Magi,_Artur, lk 76
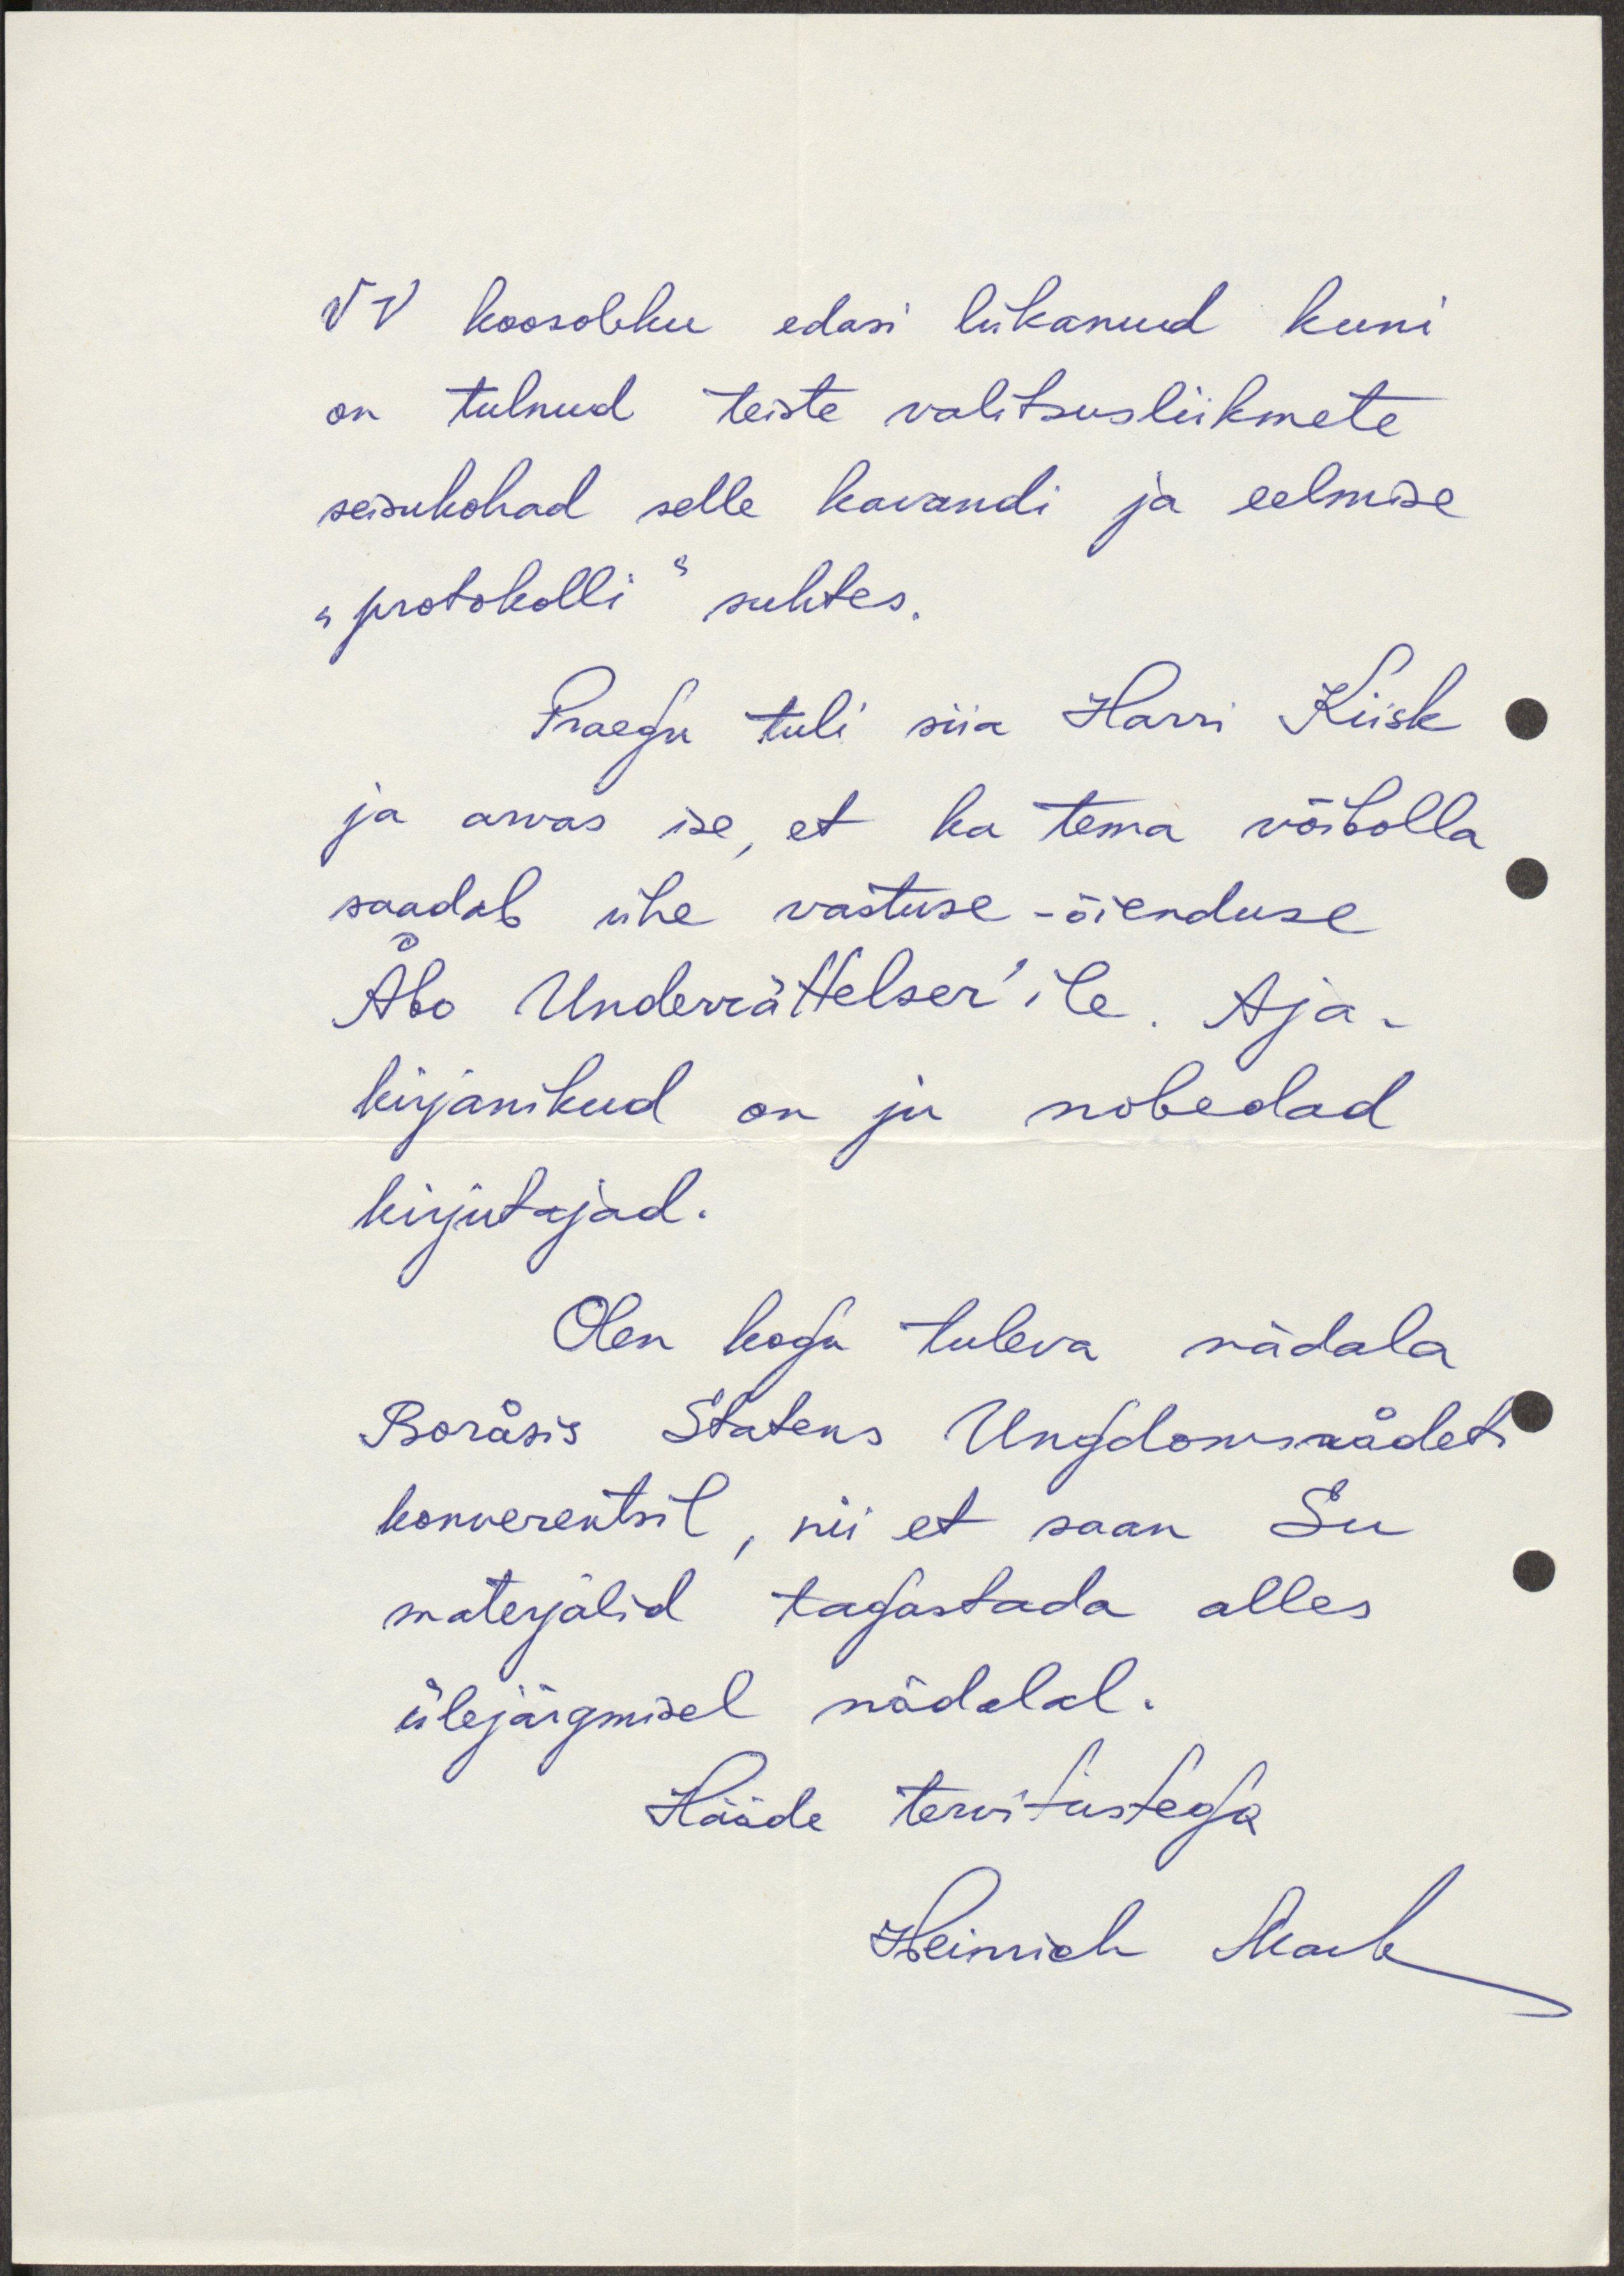
VV koosoleku edasi lükanud kuni
on tulnud teiste valitsusliikmete
seisukohad selle kavandi ja eelmise
"protokolli" suhtes.
Praegu tuli siia Harri Kiisk
ja arvas ise, et ka tema võibolla
saadab ühe vastuse-õienduse
Abo Underrättelser'ile. Aja-
kirjanikud on ju nobedad
kirjutajad.
Olen kogu tuleva nädala
Boråsis Statens Ungdomsrådeti
konverentsil, nii et saan Su
materjalid tagastada alles
ülejärgmisel nädalal.
Hääde tervitustega
Heinrich Mark